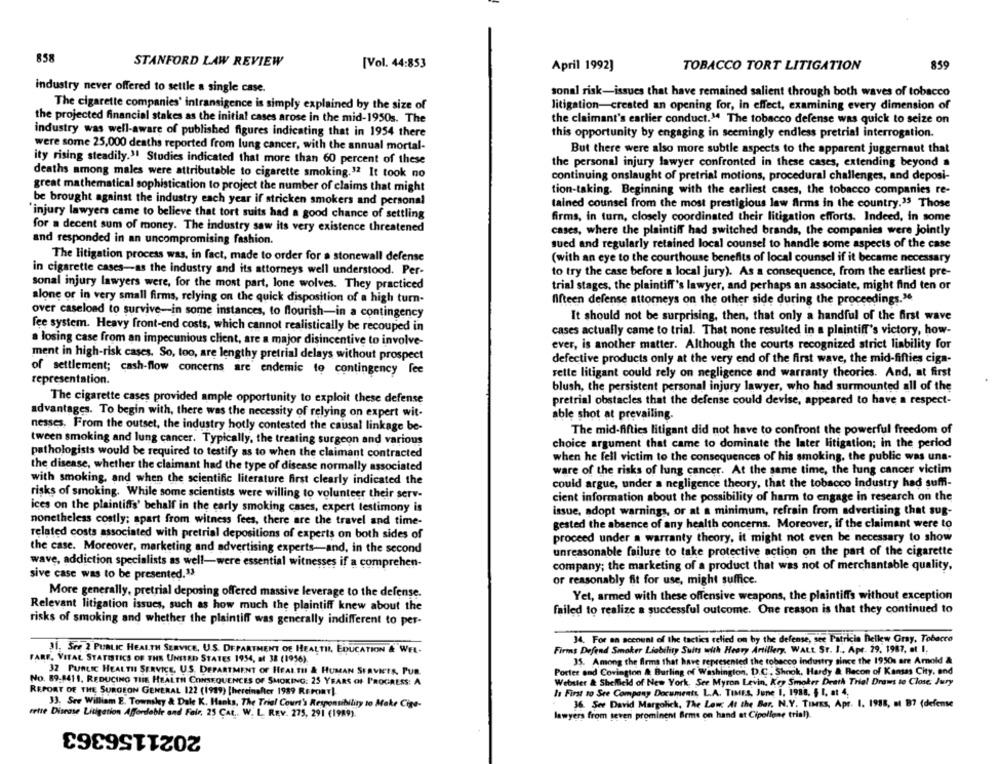
858
STANFORD LAW REVIEW
[Vol. 44:853
April 1992]
TOBACCO TORT LITIGATION
859
industry never offered to settle a single case.
sonal risk-issues that have remained salient through both waves of tobacco
The cigarette companies' intransigence is simply explained by the size of
litigation-created an opening for, in effect, examining every dimension of
the projected financial stakes as the initial cases arose in the mid-1950s. The
the claimant's earlier conduct." The tobacco defense was quick to seize on
industry was well-aware of published figures indicating that in 1954 there
this opportunity by engaging in seemingly endless pretrial interrogation.
were some 25,000 deaths reported from lung cancer, with the annual mortal-
But there were also more subtle aspects to the apparent juggernaut that
ity rising steadily."! Studies indicated that more than 60 percent of these
the personal injury lawyer confronted in these cases, extending beyond .
deaths among males were attributable to cigarette smoking.12 It took no
continuing onslaught of pretrial motions, procedural challenges, and deposi-
great mathematical sophistication to project the number of claims that might
tion-taking. Beginning with the earliest cases, the tobacco companies re-
be brought against the industry each year if stricken smokers and personal
tained counsel from the most prestigious law firms in the country.35 Those
"injury lawyers came to believe that tort suits had a good chance of settling
firms, in turn, closely coordinated their litigation efforts. Indeed, in some
for a decent sum of money. The industry saw its very existence threatened
cases, where the plaintiff had switched brands, the companies were jointly
and responded in an uncompromising fashion.
sued and regularly retained local counsel to handle some aspects of the case
The litigation process was, in fact, made to order for a stonewall defense
(with an eye to the courthouse benefits of local counsel if it became necessary
in cigarette cases-as the industry and its attorneys well understood. Per-
to try the case before a local jury). As a consequence, from the earliest pre-
sonal injury lawyers were, for the most part, lone wolves. They practiced
trial stages, the plaintiff's lawyer, and perhaps an associate, might find ten or
alone or in very small firms, relying on the quick disposition of a high turn-
fifteen defense attorneys on the other side during the proceedings."
over caseload to survive-in some instances, to flourish-in a contingency
It should not be surprising, then, that only a handful of the first wave
fee system. Heavy front-end costs, which cannot realistically be recouped in
cases actually came to trial. That none resulted in a plaintiff's victory, how-
a losing case from an impecunious client, are a major disincentive to involve-
ever, is another matter. Although the courts recognized strict liability for
ment in high-risk cases, So, too, are lengthy pretrial delays without prospect
defective products only at the very end of the first wave, the mid-fifties ciga-
of settlement; cash-flow concerns are endemic to contingency fee
rette litigant could rely on negligence and warranty theories. And, at first
representation.
blush, the persistent personal injury lawyer, who had surmounted all of the
The cigarette cases provided ample opportunity to exploit these defense
pretrial obstacles that the defense could devise, appeared to have a respect-
advantages. To begin with, there was the necessity of relying on expert wit-
able shot at prevailing.
nesses. From the outset, the industry hotly contested the causal linkage be-
The mid-fifties litigant did not have to confront the powerful freedom of
tween smoking and lung cancer. Typically, the treating surgeon and various
choice argument that came to dominate the later litigation; in the period
pathologists would be required to testify as to when the claimant contracted
when he fell victim to the consequences of his smoking, the public was una-
the disease, whether the claimant had the type of disease normally associated
ware of the risks of lung cancer. At the same time, the lung cancer victim
with smoking, and when the scientific literature first clearly indicated the
could argue, under a negligence theory, that the tobacco industry had suffi-
risks of smoking. While some scientists were willing to volunteer their serv-
cient information about the possibility of harm to engage in research on the
ices on the plaintiffs' behalf in the early smoking cases, expert testimony is
issue, adopt warnings, or at a minimum, refrain from advertising that sug-
nonetheless costly; apart from witness fees, there are the travel and time-
gested the absence of any health concerns. Moreover, if the claimant were to
related costs associated with pretrial depositions of experts on both sides of
proceed under a warranty theory, it might not even be necessary to show
the case. Moreover, marketing and advertising experts-and, in the second
unreasonable failure to take protective action on the part of the cigarette
wave, addiction specialists as well-were essential witnesses if a comprehen-
company; the marketing of a product that was not of merchantable quality,
sive case was to be presented.13
or reasonably fit for use, might suffice.
More generally, pretrial deposing offered massive leverage to the defense.
Yet, armed with these offensive weapons, the plaintiffs without exception
Relevant litigation issues, such as how much the plaintiff knew about the
failed to realize a successful outcome. One reason is that they continued to
risks of smoking and whether the plaintiff was generally indifferent to per-
34. For an account of the tactics relied on by the defense, see Patricia hellew Gray, Tobacco
31. Sre 2 PUBLIC HEALTH SERVICE, U.S. DEPARTMENT OF HEALTH, EDUCATION & WEL-
Firms Defend Smoker Liability Suits with Heavy Artillery, WALL ST. I .. Apr. 29. 1987, et I.
FARF. VITAL STATISTICS OF THE UNITED STATES 1954, at 38 (1956).
35. Among the firms that have represented the tobacco industry since the 1950s are Arnold &
32 PUBLIC HEALTH SERVICE, U.S. DEPARTMENT OF HEALTH & HUMAN SERVICES, PUR.
Porter and Covington & Burling of Washington, D.C ., Shook, Hardy & Bacon of Kansas City, and
No. 89.8411, REDUCING THE HEALTH CONSEQUENCES OF SMOKING: 25 YEARS OF PROGRESS: A
Webster & Sheffield of New York. See Myron Levin, Key Smoker Death That Draws to Close: Jury
REPORT OF THE SURGEON GENERAL 122 (1989) [hereinafter 1989 REPORT).
la First to See Company Documents, L.A. TIMES, June 1, 1988, $ 1, at 4,
33. See William E. Townskey & Dale K. Hanks, The Trial Court's Responsibility to Make Cige-
36. See David Margolich, The Law At the Bar, N.Y. TIMES, Apr. 1. 1918, at B7 (defense
rette Disease Litigation Affordable and Fair, 25 Car .. W. L. REV. 275, 291 (1989)
lawyers from seven prominent Brms on hand at Cipollone tria!).
2021156363